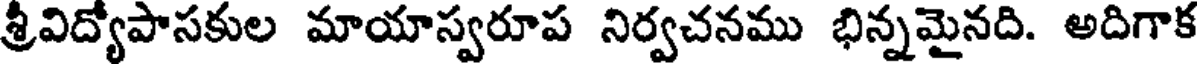
శ్రీవిద్యపాసకుల మాయాస్వరూప నిర్వచనము భిన్నమైనది. అదిగాక